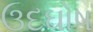
ઉદઘોષ